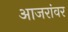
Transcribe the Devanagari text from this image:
आजरांवर